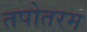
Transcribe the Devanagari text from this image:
तपोतरम